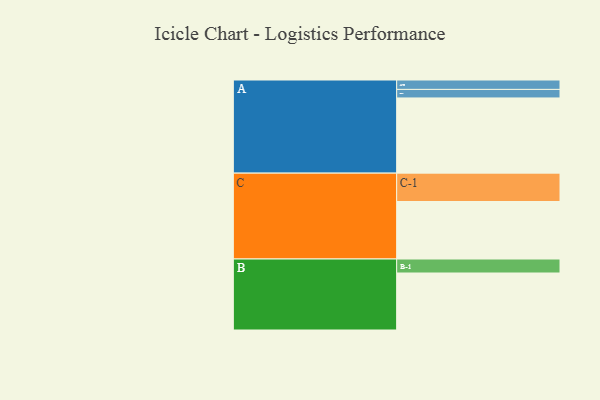
{"axis": {"x": "Segment", "y": "Value"}, "legend": ["", "A", "B", "C"], "data": [{"x": "A", "y": 591, "type": ""}, {"x": "B", "y": 448, "type": ""}, {"x": "C", "y": 452, "type": ""}, {"x": "A-1", "y": 67, "type": "A"}, {"x": "A-2", "y": 74, "type": "A"}, {"x": "B-1", "y": 110, "type": "B"}, {"x": "C-1", "y": 223, "type": "C"}]}